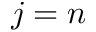
j = n